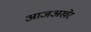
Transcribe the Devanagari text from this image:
आजअखेर